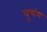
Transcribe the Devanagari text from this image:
वुचंग